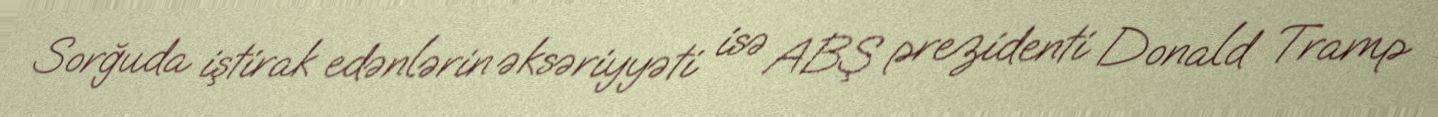
Sorğuda iştirak edənlərin əksəriyyəti isə ABŞ prezidenti Donald Tramp